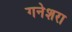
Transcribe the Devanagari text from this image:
गनेशरा